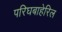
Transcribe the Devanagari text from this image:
परिघबाहेरिल